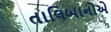
તાલિબાનોએ